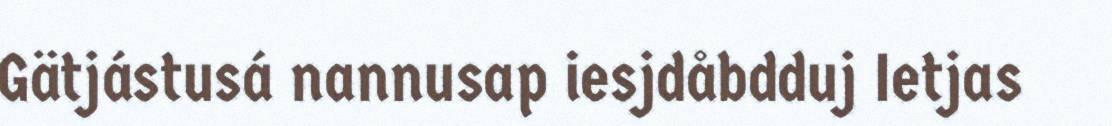
Gätjástusá nannusap iesjdåbdduj Ietjas